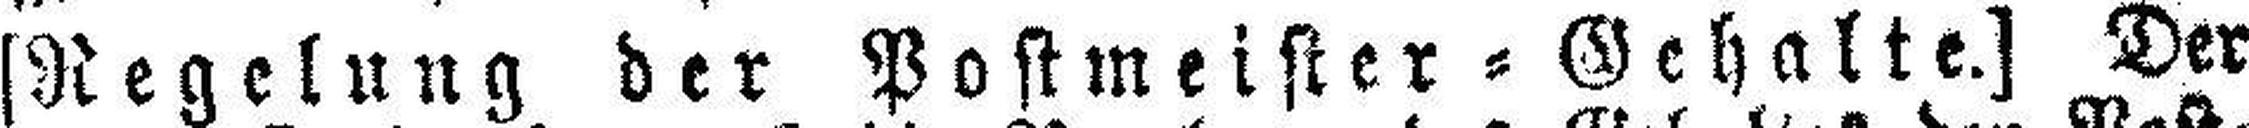
[Regelung der Postmeister=Gehalte.] Der